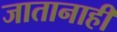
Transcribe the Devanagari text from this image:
जातानाही